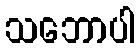
သဘောပါ